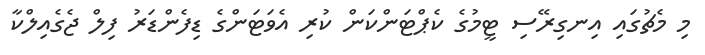
މި މެޗުގައި އިނގިރޭސި ޓީމުގެ ކެޕްޓަންކަން ކުރި އެވަޓަންގެ ޑިފެންޑަރު ފިލް ޖެގެއިލްކާ